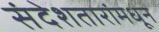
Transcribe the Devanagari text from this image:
संदेशतारांमधून